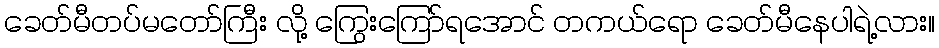
ခေတ်မီတပ်မတော်ကြီး လို့ ကြွေးကြော်ရအောင် တကယ်ရော ခေတ်မီနေပါရဲ့လား။